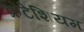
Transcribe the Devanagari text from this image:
क्रेटेशियम